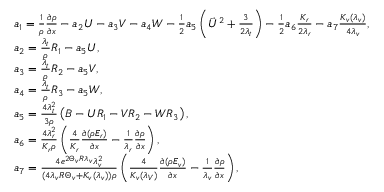
\begin{array} { r l } & { a _ { 1 } = \frac { 1 } { \rho } \frac { { \partial \rho } } { { \partial x } } - { a _ { 2 } } U - { a _ { 3 } } V - { a _ { 4 } } W - \frac { 1 } { 2 } { a _ { 5 } } \left( { { { \vec { U } } ^ { 2 } } + \frac { 3 } { { 2 { \lambda _ { t } } } } } \right) - \frac { 1 } { 2 } { a _ { 6 } } \frac { { { K _ { r } } } } { { 2 { \lambda _ { r } } } } - { a _ { 7 } } \frac { K _ { v } ( \lambda _ { v } ) } { 4 \lambda _ { v } } , } \\ & { a _ { 2 } = \frac { \lambda _ { t } } { \rho } R _ { 1 } - a _ { 5 } U , } \\ & { a _ { 3 } = \frac { \lambda _ { t } } { \rho } R _ { 2 } - a _ { 5 } V , } \\ & { a _ { 4 } = \frac { \lambda _ { t } } { \rho } R _ { 3 } - a _ { 5 } W , } \\ & { a _ { 5 } = \frac { 4 \lambda _ { t } ^ { 2 } } { 3 \rho } \left( B - U R _ { 1 } - V R _ { 2 } - W R _ { 3 } \right) , } \\ & { a _ { 6 } = \frac { 4 \lambda _ { r } ^ { 2 } } { K _ { r } \rho } \left( \frac { 4 } { K _ { r } } \frac { \partial ( \rho E _ { r } ) } { \partial x } - \frac { 1 } { \lambda _ { r } } \frac { \partial \rho } { \partial x } \right) , } \\ & { a _ { 7 } = \frac { 4 e ^ { 2 \Theta _ { v } R \lambda _ { v } } \lambda _ { v } ^ { 2 } } { ( 4 \lambda _ { v } R \Theta _ { v } + K _ { v } ( \lambda _ { v } ) ) \rho } \left( \frac { 4 } { K _ { v } ( \lambda _ { V } ) } \frac { \partial ( \rho E _ { v } ) } { \partial x } - \frac { 1 } { \lambda _ { v } } \frac { \partial \rho } { \partial x } \right) , } \end{array}